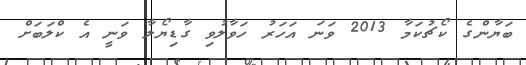
ބަޔާންގެ ކޯޗުކަމާ 2013 ވަނަ އަހަރު ހަވާލުވި ގާޑިޔޯލާ ވަނީ އެ ކްލަބަށް